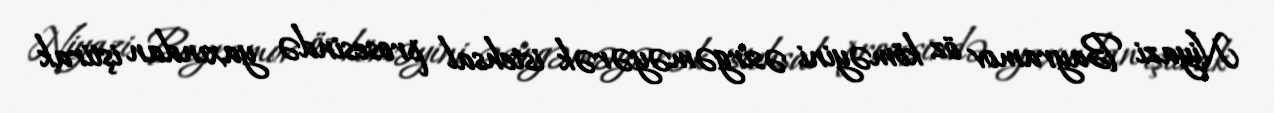
Niyazi Bayramov öz köməyini əsirgəməyərək istehsal prosesində yaxından iştirak